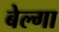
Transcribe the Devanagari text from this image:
बेल्गा